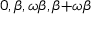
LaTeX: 0 , \beta , \omega \beta , \beta { + } \omega \beta